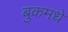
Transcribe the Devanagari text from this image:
बुकमधे